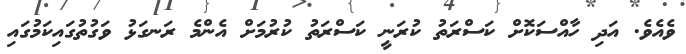
ވެއެވެ. އަދި ހާއްސަކޮށް ކަސްރަތު ކުރަނީ ކަސްރަތު ކުރުމަށް އެންމެ ރަނގަޅު ވަގުތުގައިކަމުގައި